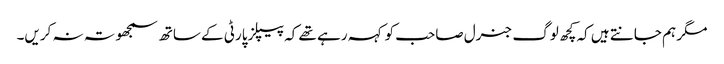
مگر ہم جانتے ہیں کہ کچھ لوگ جنرل صاحب کو کہہ رہے تھے کہ پیپلز پارٹی کے ساتھ سمجھوتہ نہ کریں۔